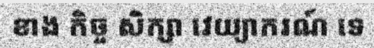
ខាង កិច្ច សិក្សា វេយ្យាករណ៍ ទេ